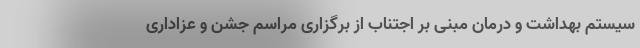
سیستم بهداشت و درمان مبنی بر اجتناب از برگزاری مراسم‌ جشن و عزاداری